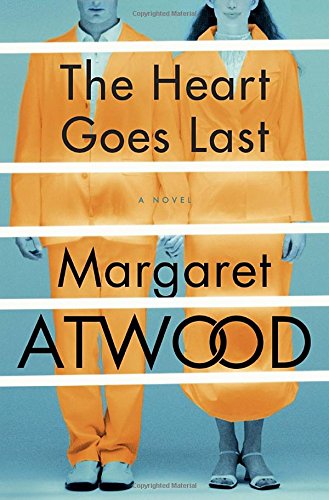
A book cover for The Heart Goes Last: A Novel; Margaret Atwood; Science Fiction & Fantasy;